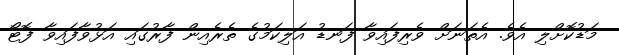
މަޑުކޮށްލި އެވެ. އެތަނަށް ވެރިފައިވާ ފަނޑު އަލިކަމުގެ ތެރެއިން ފާރުގައި އަޅުވާފައިވާ ފޮޓޯ